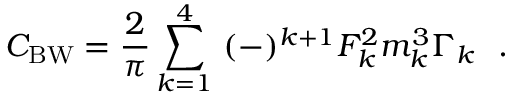
C _ { \mathrm { B W } } = { \frac { 2 } { \pi } } \sum _ { k = 1 } ^ { 4 } ~ ( - ) ^ { k + 1 } F _ { k } ^ { 2 } m _ { k } ^ { 3 } \Gamma _ { k } \ \ .